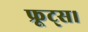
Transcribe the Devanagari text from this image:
फ्रूट्स।